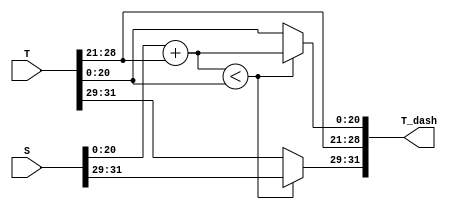
module PE(input [31:0]S,T, output [31:0] T_dash); // the source S and target T nodes are  input 
                                                  // and T_dash is the updated target node
  
  
  
  wire [2:0]  pS = S[31:29];          // splitting the input wire
  wire [7:0]  wS = S[28:21];          
  wire [20:0] dS = S[20: 0];          
    
  wire [2:0]  pT = T[31:29];          // splitting the input wire
  wire [7:0]  wT = T[28:21];
  wire [20:0] dT = T[20: 0];
  
  wire [20:0] new_distance = (dS+wT); 
  wire update_true = new_distance < dT;    // comparator whether to update or not
  
  wire [2:0 ] muxO_pT = update_true?      pS     : pT ;  // if update is true? update select the mux outputs for updating
  wire [20:0] muxO_dT = update_true? new_distance: dT ;

  
  wire [2:0]  pT_dash = muxO_pT;      // naming the Tdash wires
  wire [7:0]  wT_dash = wT;
  wire [20:0] dT_dash = muxO_dT;
  
  assign T_dash={pT_dash, wT_dash, dT_dash}; // concatenating T dash
  
endmodule